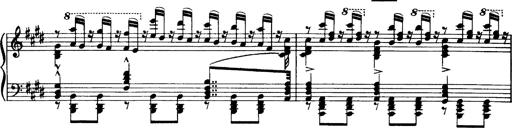
Title: OuvertÃ¼re zu TannhÃ¤user
Composer: Franz Liszt